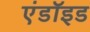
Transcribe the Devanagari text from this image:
एंडॉइड